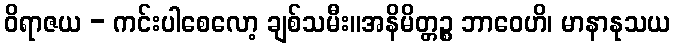
ဝိရာဇယ - ကင်းပါစေလော့ ချစ်သမီး။အနိမိတ္တဉ္စ ဘာဝေဟိ၊ မာနာနုသယ